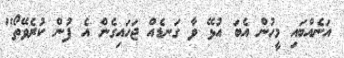
އަނެއްބައި މީހުން އެބަ އުޅޭ ވާ ގަނޑެއް ޖަހައިގެން އެ ފުން ކުރެވޭތޯ"